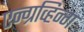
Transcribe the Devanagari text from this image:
एन्ग्रव्हिन्ग